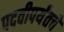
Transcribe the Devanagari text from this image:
पदवीपर्यंतचेे